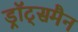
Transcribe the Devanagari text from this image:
ड्रॉट्समैन